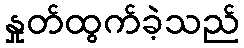
နှုတ်ထွက်ခဲ့သည်